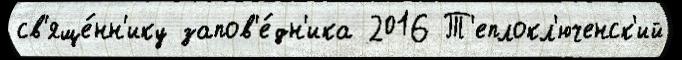
св'яще́нн'ику запов'е́дн'ика 2016 Т'еплокл'юченск'ий